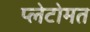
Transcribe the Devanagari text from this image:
प्लेटोमत